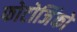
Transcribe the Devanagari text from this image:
फोटोजिंको